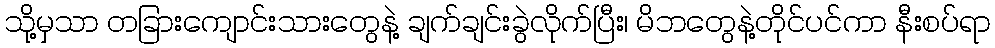
သို့မှသာ တခြားကျောင်းသားတွေနဲ့ ချက်ချင်းခွဲလိုက်ပြီး၊ မိဘတွေနဲ့တိုင်ပင်ကာ နီးစပ်ရာ